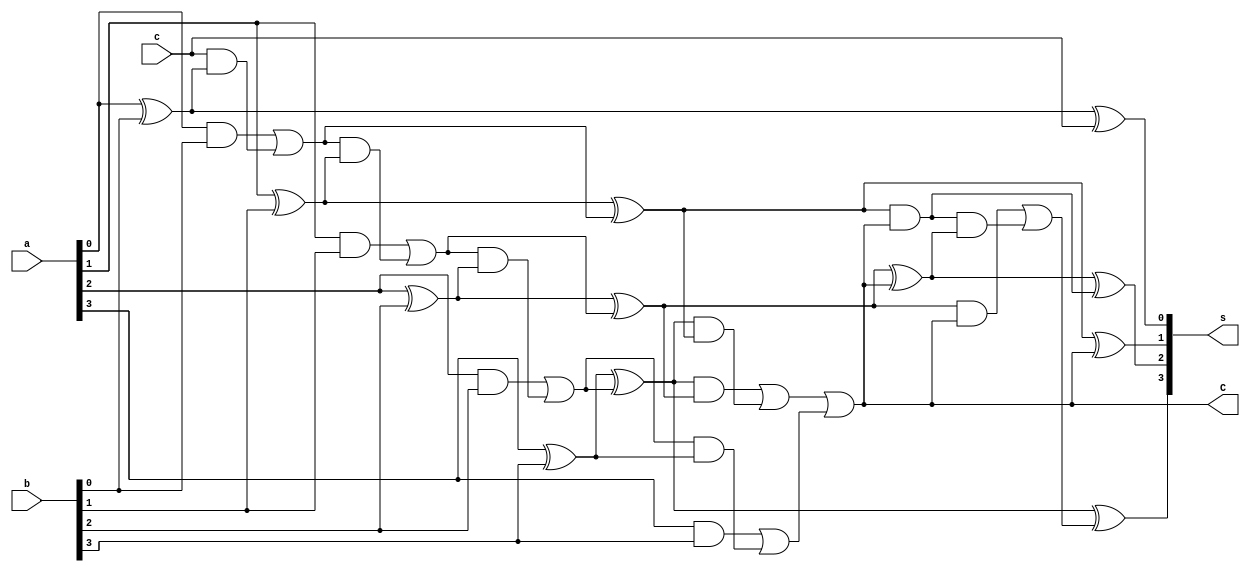
`timescale 1ns / 1ps


module BCD(
    input[3:0] a, b,
    input c,
    output [3:0] s,
    output C
    );
    wire c1, c2, c3, k, s0, s1, s2, s3, C1, C2, C3, t;
    
    assign s0 = a[0]^b[0]^c;
    assign c1 = (a[0]&b[0])|(c&(a[0]^b[0]));
    assign s1 = a[1]^b[1]^c1;
    assign c2 = (a[1]&b[1])|(c1&(a[1]^b[1]));
    assign s2 = a[2]^b[2]^c2;
    assign c3 = (a[2]&b[2])|(c2&(a[2]^b[2]));
    assign s3 = a[3]^b[3]^c3;
    assign k = (a[3]&b[3])|(c3&(a[3]^b[3]));
    assign C = (s3&s2)|(s3&s1)|k;
    assign t = 1'b0;
    assign s[0] = s0^t;
    assign s[1] = s1^C;
    assign C1 = (s1&C);
    assign s[2] = s2^C^C1;
    assign C2 = (s2&C)|(C1&(s2^C));
    assign s[3] = s3^t^C2;
    
endmodule